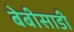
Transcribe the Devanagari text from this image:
बेबीसाडी